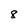
Character: 8